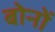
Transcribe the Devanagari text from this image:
बोनों